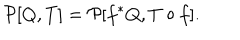
LaTeX: { \cal P } [ Q , T ] = { \cal P } [ f ^ { * } Q , T \circ f ] .